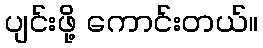
ပျင်းဖို့ ကောင်းတယ်။